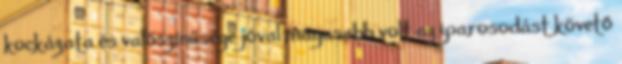
kockázata és valószínűsége jóval magasabb volt az iparosodást követő